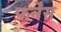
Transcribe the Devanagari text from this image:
फर्नेंस